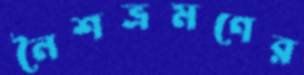
নৈশভ্রমণের